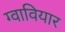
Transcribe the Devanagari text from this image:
ग्वावियार